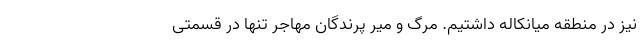
نیز در منطقه میانکاله داشتیم. مرگ و میر پرندگان مهاجر تنها در قسمتی